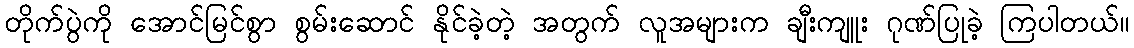
တိုက်ပွဲကို အောင်မြင်စွာ စွမ်းဆောင် နိုင်ခဲ့တဲ့ အတွက် လူအများက ချီးကျူး ဂုဏ်ပြုခဲ့ ကြပါတယ်။